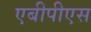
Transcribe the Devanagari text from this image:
एबीपीएस